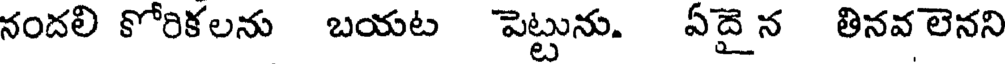
నందలి కోరికలను బయట పెట్టును. ఏదైన తినవ లెనని